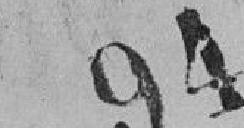
94